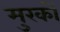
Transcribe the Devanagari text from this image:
मुरकों